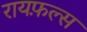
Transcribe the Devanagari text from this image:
रायफ़ल्स